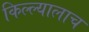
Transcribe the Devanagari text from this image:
किल्ल्यालाच